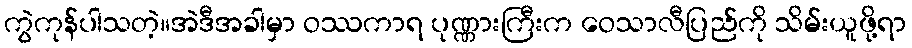
ကွဲကုန်ပါသတဲ့။အဲဒီအခါမှာ ဝဿကာရ ပုဏ္ဏားကြီးက ဝေသာလီပြည်ကို သိမ်းယူဖို့ရာ